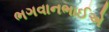
ભગવાનભાઈએ